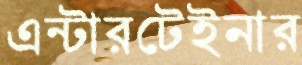
এন্টারটেইনার